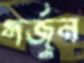
গর্জুন